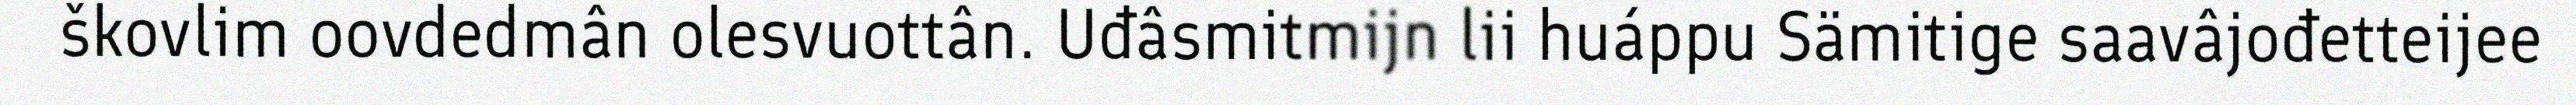
škovlim oovdedmân olesvuottân. Uđâsmitmijn lii huáppu Sämitige saavâjođetteijee